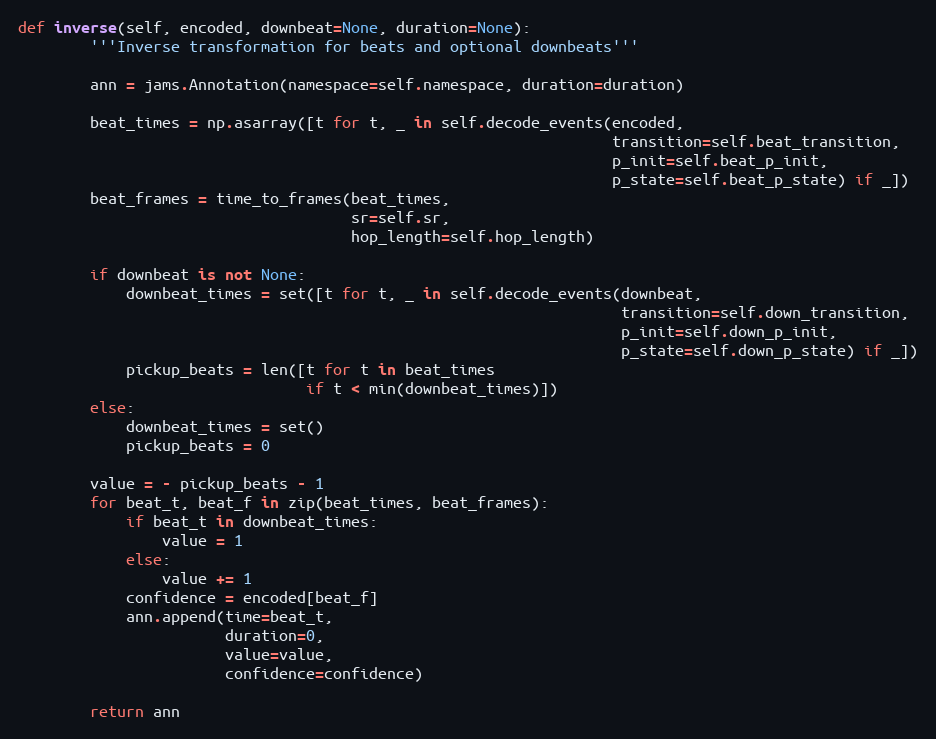
Language: Python
def inverse(self, encoded, downbeat=None, duration=None):
        '''Inverse transformation for beats and optional downbeats'''

        ann = jams.Annotation(namespace=self.namespace, duration=duration)

        beat_times = np.asarray([t for t, _ in self.decode_events(encoded,
                                                                  transition=self.beat_transition,
                                                                  p_init=self.beat_p_init,
                                                                  p_state=self.beat_p_state) if _])
        beat_frames = time_to_frames(beat_times,
                                     sr=self.sr,
                                     hop_length=self.hop_length)

        if downbeat is not None:
            downbeat_times = set([t for t, _ in self.decode_events(downbeat,
                                                                   transition=self.down_transition,
                                                                   p_init=self.down_p_init,
                                                                   p_state=self.down_p_state) if _])
            pickup_beats = len([t for t in beat_times
                                if t < min(downbeat_times)])
        else:
            downbeat_times = set()
            pickup_beats = 0

        value = - pickup_beats - 1
        for beat_t, beat_f in zip(beat_times, beat_frames):
            if beat_t in downbeat_times:
                value = 1
            else:
                value += 1
            confidence = encoded[beat_f]
            ann.append(time=beat_t,
                       duration=0,
                       value=value,
                       confidence=confidence)

        return ann